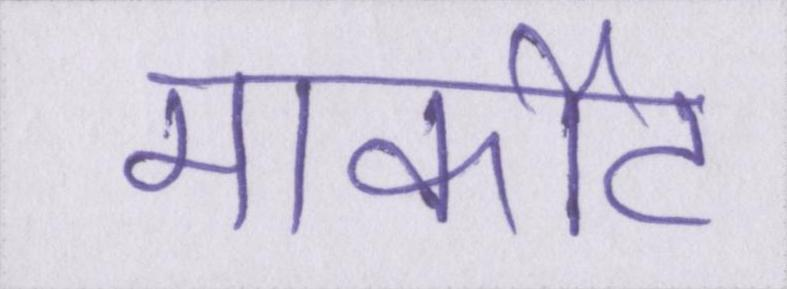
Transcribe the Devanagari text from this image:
मार्कीट